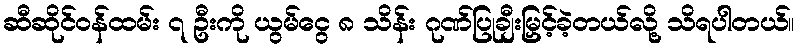
ဆီဆိုင်ဝန်ထမ်း ၇ ဦးကို ယွမ်ငွေ ၈ သိန်း ဂုဏ်ပြုချီးမြှင့်ခဲ့တယ်လို့ သိရပါတယ်။